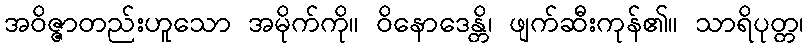
အဝိဇ္ဇာတည်းဟူသော အမိုက်ကို။ ဝိနောဒေန္တိ၊ ဖျက်ဆီးကုန်၏။ သာရိပုတ္တ၊